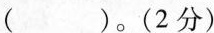
（ ）。(2分)